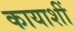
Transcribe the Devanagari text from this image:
कायाशीं